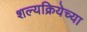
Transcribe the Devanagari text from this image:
शल्यक्रियेच्या